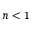
n < 1